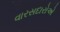
વારસદારોએ